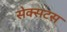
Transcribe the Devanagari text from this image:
सेक्सटस